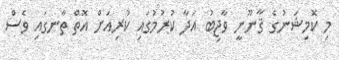
މި ކޮމިޝަނުގެ ޤާނޫނީ ވާޖިބު އަދާ ކުރުމުގައި ކުރިއަށް އޮތް ތާނގައި ވެސް